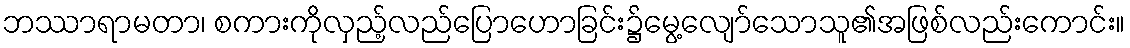
ဘဿာရာမတာ၊ စကားကိုလှည့်လည်ပြောဟောခြင်း၌မွေ့လျော်သောသူ၏အဖြစ်လည်းကောင်း။